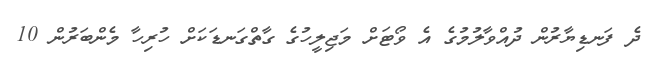
ދެ ފަނޑިޔާރުން ދުއްވާލުމުގެ އެ ވޯޓަށް މަޖިލީހުގެ ގާތްގަނޑަކަށް ހުރިހާ މެންބަރުން 10